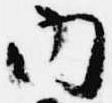
内